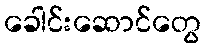
ခေါင်းဆောင်တွေ